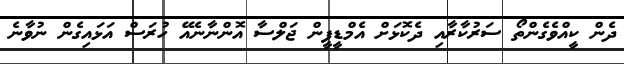
ދެން ކީއްވެގެންތޯ ސަރުކާރާއި ދެކޮޅަށް އެމްޑީޕީން ޖަލްސާ އޮންނާނެއޭ ހުރަސް އަޅައިގެން ނުވާނެ